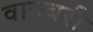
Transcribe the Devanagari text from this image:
वायबरी